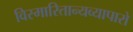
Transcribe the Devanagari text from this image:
विस्मारितान्यव्यापारो